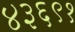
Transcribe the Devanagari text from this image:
४३६९१